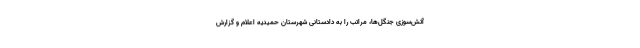
آتش‌سوزی جنگل‌ها، مراتب را به دادستانی شهرستان حمیدیه اعلام و گزارش